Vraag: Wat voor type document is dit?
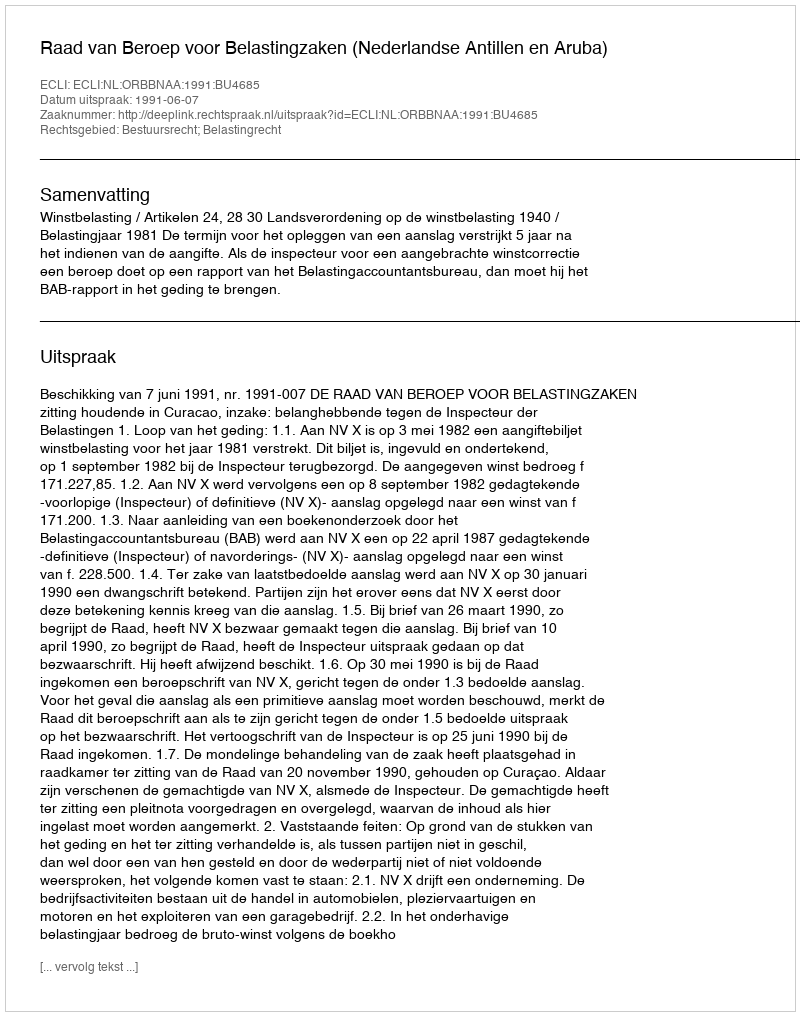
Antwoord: Uitspraak